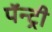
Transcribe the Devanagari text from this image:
पॅन्ट्री